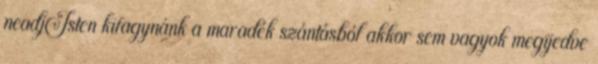
neadjIsten kifagynánk a maradék szántásból akkor sem vagyok megijedve